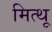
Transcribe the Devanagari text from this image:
मित्थू